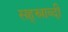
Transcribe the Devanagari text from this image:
सह्स्राब्दी